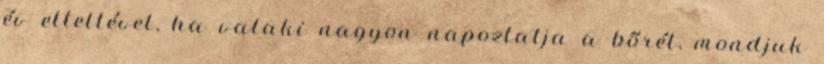
év elteltével, ha valaki nagyon napoztatja a bőrét, mondjuk